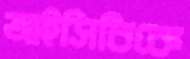
আইসিবিকে